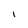
Character: 1